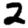
Digit: 2